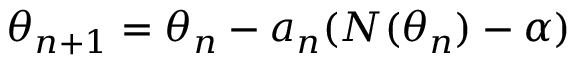
\theta _ { n + 1 } = \theta _ { n } - a _ { n } ( N ( \theta _ { n } ) - \alpha )